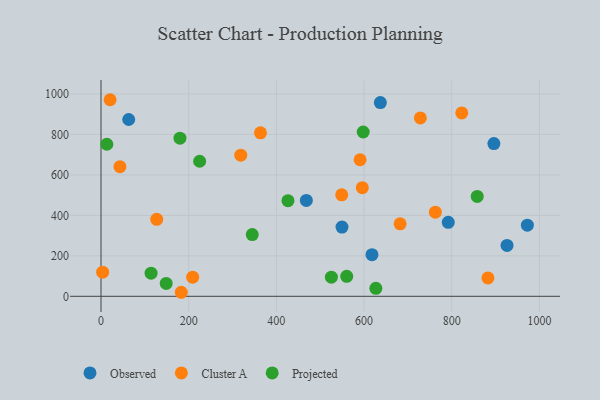
{"axis": {"x": "Experience", "y": "Profit"}, "legend": ["Cluster A", "Observed", "Projected"], "data": [{"x": "972.6", "y": 351.2, "type": "Observed"}, {"x": "468.4", "y": 473.5, "type": "Observed"}, {"x": "63.2", "y": 873.6, "type": "Observed"}, {"x": "637.2", "y": 957.0, "type": "Observed"}, {"x": "618.1", "y": 205.8, "type": "Observed"}, {"x": "896.2", "y": 754.5, "type": "Observed"}, {"x": "926.2", "y": 251.5, "type": "Observed"}, {"x": "549.7", "y": 342.1, "type": "Observed"}, {"x": "792.1", "y": 365.7, "type": "Observed"}, {"x": "318.8", "y": 697.4, "type": "Cluster A"}, {"x": "682.3", "y": 358.2, "type": "Cluster A"}, {"x": "127.1", "y": 380.2, "type": "Cluster A"}, {"x": "549.1", "y": 501.3, "type": "Cluster A"}, {"x": "728.5", "y": 881.6, "type": "Cluster A"}, {"x": "822.9", "y": 905.9, "type": "Cluster A"}, {"x": "591.0", "y": 674.8, "type": "Cluster A"}, {"x": "882.6", "y": 90.7, "type": "Cluster A"}, {"x": "3.7", "y": 119.2, "type": "Cluster A"}, {"x": "209.1", "y": 94.7, "type": "Cluster A"}, {"x": "762.7", "y": 415.5, "type": "Cluster A"}, {"x": "43.2", "y": 640.6, "type": "Cluster A"}, {"x": "596.1", "y": 536.9, "type": "Cluster A"}, {"x": "183.1", "y": 19.9, "type": "Cluster A"}, {"x": "20.7", "y": 971.3, "type": "Cluster A"}, {"x": "363.8", "y": 807.7, "type": "Cluster A"}, {"x": "345.0", "y": 305.1, "type": "Projected"}, {"x": "858.2", "y": 493.6, "type": "Projected"}, {"x": "560.5", "y": 98.5, "type": "Projected"}, {"x": "225.0", "y": 667.3, "type": "Projected"}, {"x": "13.3", "y": 751.3, "type": "Projected"}, {"x": "525.5", "y": 94.6, "type": "Projected"}, {"x": "598.1", "y": 811.9, "type": "Projected"}, {"x": "180.1", "y": 781.5, "type": "Projected"}, {"x": "114.2", "y": 114.1, "type": "Projected"}, {"x": "627.0", "y": 39.3, "type": "Projected"}, {"x": "426.5", "y": 472.6, "type": "Projected"}, {"x": "148.7", "y": 63.8, "type": "Projected"}]}